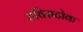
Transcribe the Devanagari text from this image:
टविसटोक